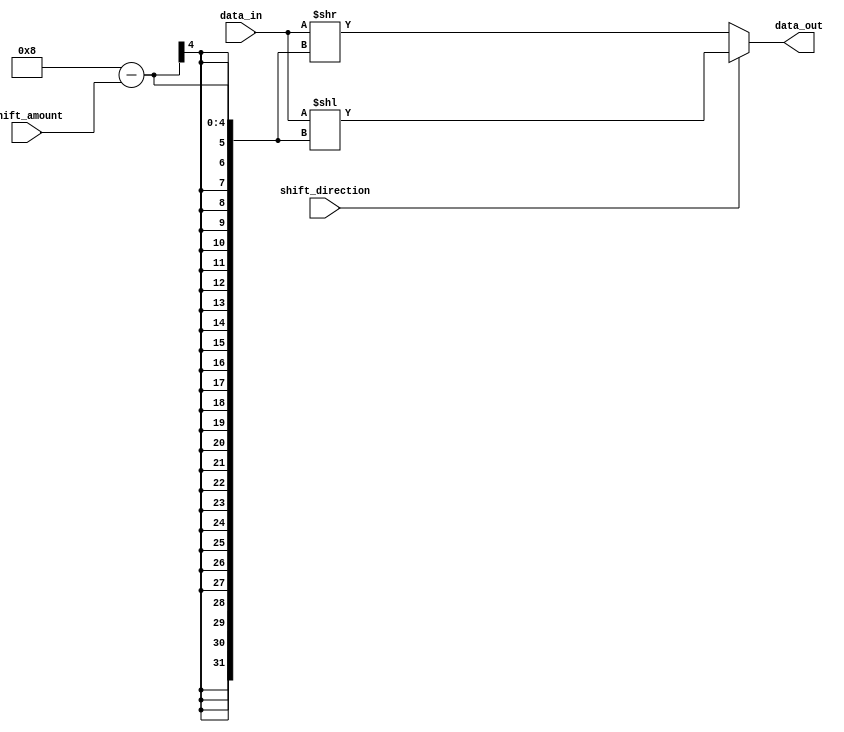
module BarrelShifter (
    input [7:0] data_in,
    input [2:0] shift_amount,
    input shift_direction,
    output reg [7:0] data_out
);

always @(*) begin
    if (shift_direction) begin // Right shift
        data_out = {data_in >> shift_amount, data_in << (8 - shift_amount)};
    end else begin // Left shift
        data_out = {data_in << shift_amount, data_in >> (8 - shift_amount)};
    end
end

endmodule